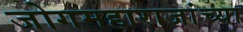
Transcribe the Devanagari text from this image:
जोगमहाराजांच्या